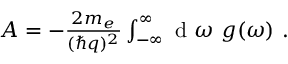
\begin{array} { r } { A = - \frac { 2 m _ { e } } { ( \hbar q ) ^ { 2 } } \int _ { - \infty } ^ { \infty } \textnormal { d } \omega \ g ( \omega ) \ . } \end{array}